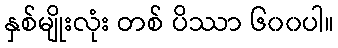
နှစ်မျိုးလုံး တစ် ပိဿာ ၆၀၀ပါ။